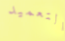
التعميد